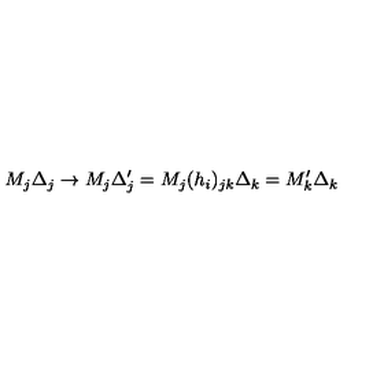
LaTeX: M _ { j } \Delta _ { j } \rightarrow M _ { j } \Delta _ { j } ^ { \prime } = M _ { j } ( h _ { i } ) _ { j k } \Delta _ { k } = M _ { k } ^ { \prime } \Delta _ { k }